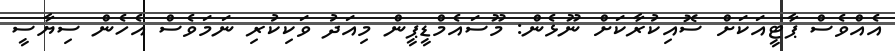
އެއްވެސް ޕާޓީއަކަށް ސޮއިކުރާކަށް ނޫޅެން: މޫސައެމްޑީޕީން މިއަދު ވަކިކުރި ނަމަވެސް އެހެން ސިޔާސީ